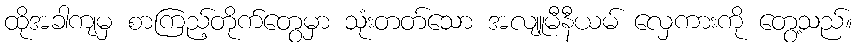
ထိုအခါကျမှ စာကြည့်တိုက်တွေမှာ သုံးတတ်သော အလျူမီနီယမ် လှေကားကို တွေ့သည်။